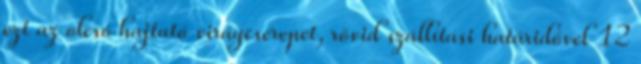
ezt az olcsó hajtató virágcserepet, rövid szállítási határidővel 12